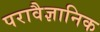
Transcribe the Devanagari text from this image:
परावैज्ञानिक